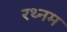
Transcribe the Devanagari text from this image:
रथ्नम